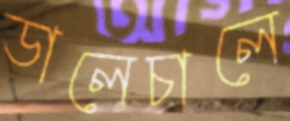
ডালেচালে